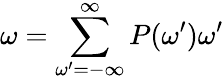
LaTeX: \omega=\sum_{\omega^{\prime}=-\infty}^{\infty}P(\omega^{\prime})\omega^{\prime}